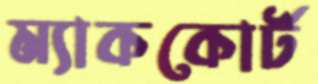
ম্যাককোর্ট